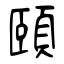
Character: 頤